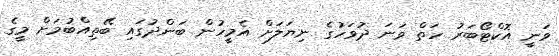
ވަނީ އޮކްޓޯބަރު ހަތް ވަނަ ދުވަހުގެ ނިޔަލަށް އެމީހުން ބަންދުގައި ބޭތިއްބުމަށް މީގެ